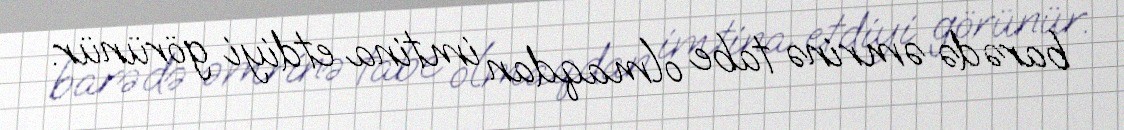
barədə əmrinə tabe olmaqdan imtina etdiyi görünür.